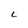
Character: C